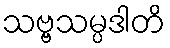
သဗ္ဗသမ္ပဒါတိ